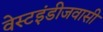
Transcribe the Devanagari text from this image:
वेस्टइंडीजवासी